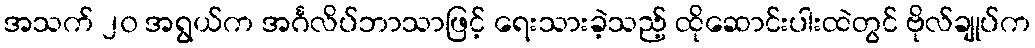
အသက် ၂၀ အရွယ်က အင်္ဂလိပ်ဘာသာဖြင့် ရေးသားခဲ့သည့် ထိုဆောင်းပါးထဲတွင် ဗိုလ်ချုပ်က